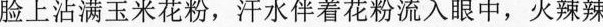
脸上沾满玉米花粉，汗水伴着花粉流入眼中，火辣辣